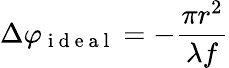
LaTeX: \Delta\varphi_{\mathrm{~i~d~e~a~l~}}=-\frac{\pi r^{2}}{\lambda f}